Leaving Certificate Examination, 1909
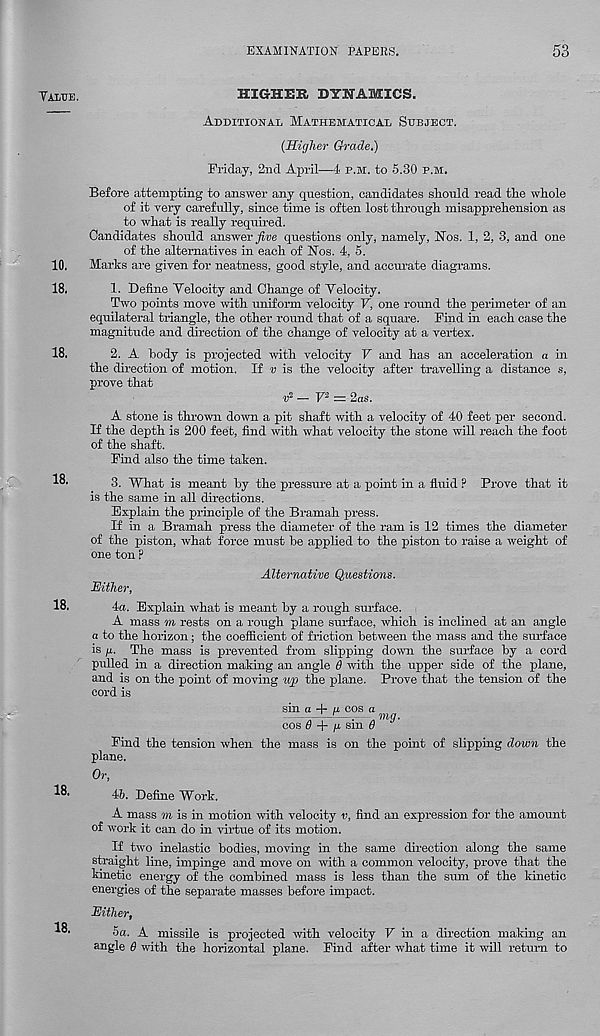
EXAMINATION PAPERS.
53
Yalue.
HIGHER DYNAMICS.
Additional Mathematical Subject.
(Higher Grade.)
Friday, 2nd April—4 p.m. to 5.30 p.m.
Before attempting to answer any question, candidates should read the whole
of it very carefully, since time is often lost through misapprehension as
to what is really required.
Candidates should answer
questions only, namely, Nos. 1, 2, 3, and one
of the alternatives in each of Nos. 4, 5.
10, Marks are given for neatness, good style, and accurate diagrams.
18.
1. Define Velocity and Change of Velocity.
Two points move with uniform velocity V, one round the perimeter of an
equilateral triangle, the other round that of a square. Find in each case the
magnitude and direction of the change of velocity at a vertex.
18.
2. A "body is projected with velocity V and has an acceleration a in
the direction of motion. If v is the velocity after travelling a distance s,
prove that
r 2 — V' 2 = 2 as.
A stone is thrown down a pit shaft with a velocity of 40 feet per second.
If the depth is 200 feet, find with what velocity the stone will reach the foot
of the shaft.
Find also the time taken.
18.
18,
18.
18.
3. What is meant by the pressure at a point in a fluid ? Prove that it
is the same in all directions.
Explain the principle of the Bramah press.
If in a Bramah press the diameter of the ram is 12 times the diameter
of the piston, what force must be applied to the piston to raise a weight of
one ton ?
Alternative Questions.
Hither,
4a. Explain what is meant by a rough surface.
A mass m rests on a rough plane surface, which is inclined at an angle
a to the horizon; the coefficient of friction between the mass and the surface
is /x. The mass is prevented from slipping down the surface by a cord
pulled in a direction making an angle 6 with the upper side of the plane,
and is on the point of moving up the plane. Prove that the tension of the
cord is
sin a + u. cos a
— r — . „ mg.
cos 6 + g. sm S
Find the tension when the mass is on the point of slipping down the
plane.
Or,
4b. Define Work.
A mass m is in motion with velocity v, find an expression for the amount
of work it can do in virtue of its motion.
If two inelastic bodies, moving in the same direction along the same
straight line, impinge and move on with a common velocity, prove that the
kinetic energy of the combined mass is less than the sum of the kinetic
energies of the separate masses before impact.
Hither,
5a. A missile is projected with velocity V in a direction making an
angle 0 with the horizontal plane. Find after what time it will return to